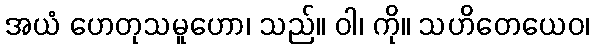
အယံ ဟေတုသမူဟော၊ သည်။ ဝါ၊ ကို။ သဟိတေယေဝ၊